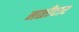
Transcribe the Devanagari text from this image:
नळीदार